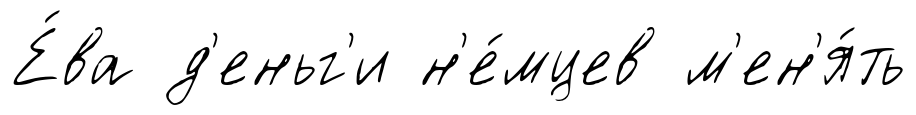
Е́ва д'еньг'и н'е́мцев м'ен'я́ть